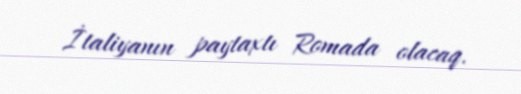
İtaliyanın paytaxtı Romada olacaq.